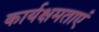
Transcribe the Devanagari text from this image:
कार्यक्षमताएं